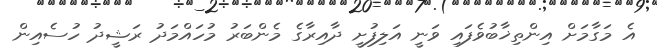
އެ މަގާމަށް އިންތިޚާބުވެފައި ވަނީ އަލިފުށީ ދާއިރާގެ މެންބަރު މުހައްމަދު ރަޝީދު ހުސެއިން